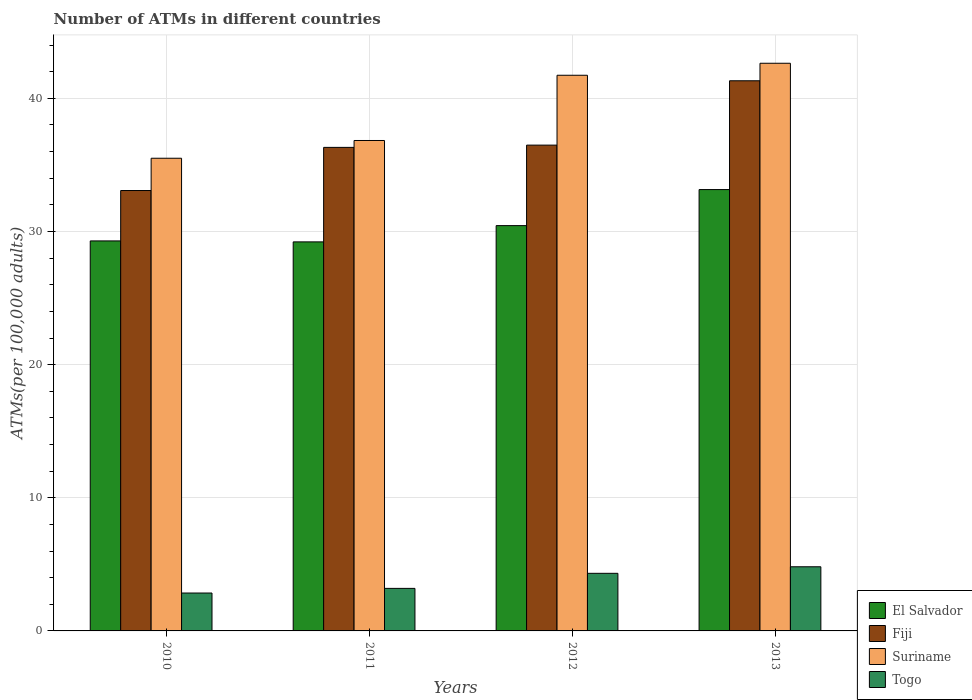
| Years | El Salvador | Fiji | Suriname | Togo |
 | --- | --- | --- | --- | --- |
 | 2010 | 29.3 | 33.1 | 35.5 | 2.85 |
 | 2011 | 29.2 | 36.3 | 36.8 | 3.2 |
 | 2012 | 30.4 | 36.5 | 41.7 | 4.33 |
 | 2013 | 33.1 | 41.3 | 42.6 | 4.82 |